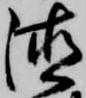
徳